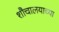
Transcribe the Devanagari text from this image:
शौचालयाच्या